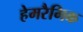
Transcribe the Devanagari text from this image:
हेमरैगिक